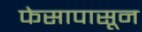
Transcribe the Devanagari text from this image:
फेसापासून